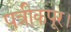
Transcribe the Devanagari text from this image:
पत्रीकपूर।